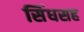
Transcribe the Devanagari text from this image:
सिंधसह